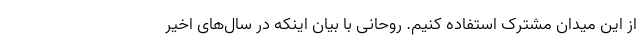
از این میدان مشترک استفاده کنیم. روحانی با بیان اینکه در سال‌های اخیر